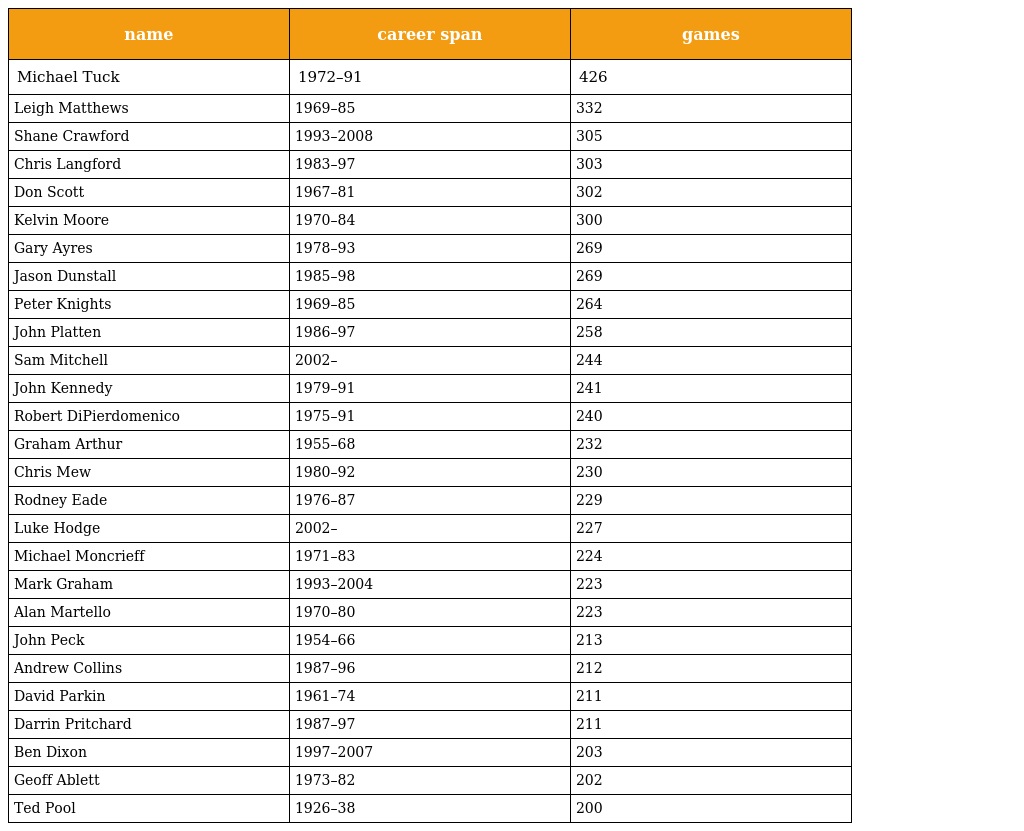
| name | career span | games |
 | --- | --- | --- |
 | Michael Tuck | 1972–91 | 426 |
 | Leigh Matthews | 1969–85 | 332 |
 | Shane Crawford | 1993–2008 | 305 |
 | Chris Langford | 1983–97 | 303 |
 | Don Scott | 1967–81 | 302 |
 | Kelvin Moore | 1970–84 | 300 |
 | Gary Ayres | 1978–93 | 269 |
 | Jason Dunstall | 1985–98 | 269 |
 | Peter Knights | 1969–85 | 264 |
 | John Platten | 1986–97 | 258 |
 | Sam Mitchell | 2002– | 244 |
 | John Kennedy | 1979–91 | 241 |
 | Robert DiPierdomenico | 1975–91 | 240 |
 | Graham Arthur | 1955–68 | 232 |
 | Chris Mew | 1980–92 | 230 |
 | Rodney Eade | 1976–87 | 229 |
 | Luke Hodge | 2002– | 227 |
 | Michael Moncrieff | 1971–83 | 224 |
 | Mark Graham | 1993–2004 | 223 |
 | Alan Martello | 1970–80 | 223 |
 | John Peck | 1954–66 | 213 |
 | Andrew Collins | 1987–96 | 212 |
 | David Parkin | 1961–74 | 211 |
 | Darrin Pritchard | 1987–97 | 211 |
 | Ben Dixon | 1997–2007 | 203 |
 | Geoff Ablett | 1973–82 | 202 |
 | Ted Pool | 1926–38 | 200 |